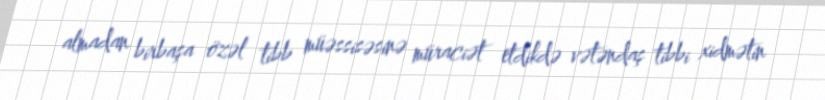
almadan birbaşa özəl tibb müəssisəsinə müraciət etdikdə vətəndaş tibbi xidmətin